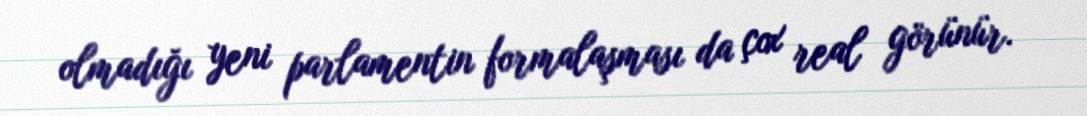
olmadığı yeni parlamentin formalaşması da çox real görünür.